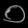
Digit: ၀